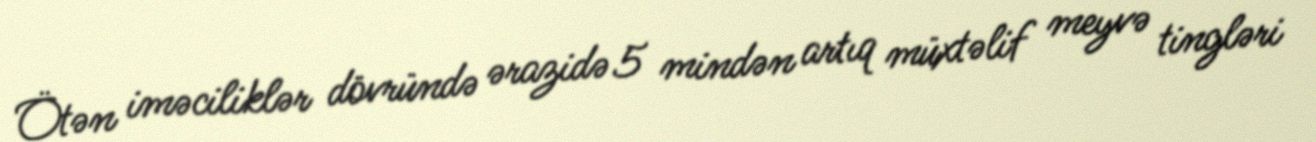
Ötən iməciliklər dövründə ərazidə 5 mindən artıq müxtəlif meyvə tingləri